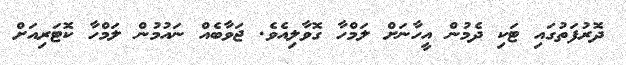
ދޮރުފަތުގައި ޓަކި ދެމުން އީހާނަށް ލަމްހާ ގޮވާލިއެވެ. ޖަވާބެއް ނައުމުން ލަމްހާ ކޮޓަރިއަށް